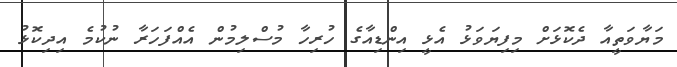
މަޔާވަތީއާ ދެކޮޅަށް މިފިޔަވަޅު އެޅީ އިންޑިއާގެ ހުރިހާ މުސްލިމުން އެއްފަހަރާ ނުކުމެ އިދިކޮޅު